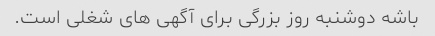
باشه دوشنبه روز بزرگی برای آگهی های شغلی است.